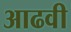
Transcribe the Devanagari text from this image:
आढवी